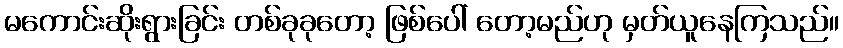
မကောင်းဆိုးရွားခြင်း တစ်ခုခုတော့ ဖြစ်ပေါ် တော့မည်ဟု မှတ်ယူနေကြသည်။